Annual administration report of the Civil Veterinary Department, Ajmere-Merwara, British Rajputana - 1914-1940
Year: 1914
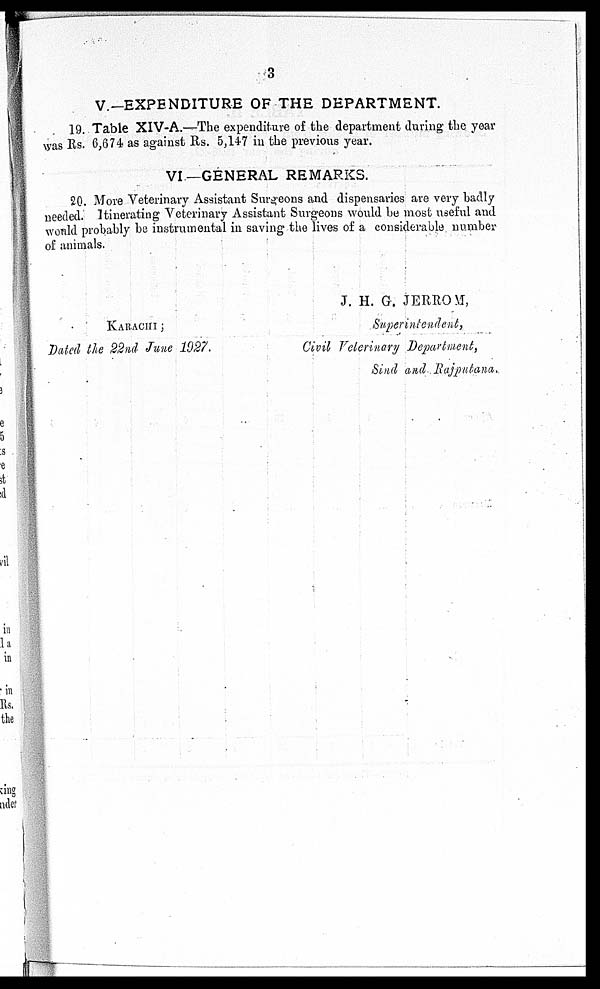
3
V.—EXPENDITURE OF THE DEPARTMENT.
19. Table XIV-A.—The expenditure of the department during the year
was Rs. 6,674 as against Rs. 5,147 in the previous year.
VI.—GENERAL REMARKS.
20. More Veterinary Assistant Surgeons and dispensaries are very badly
needed. Itinerating Veterinary Assistant Surgeons would be most useful and
would probably be instrumental in saving the lives of a considerable number
of animals.
KARACHI ;
Dated the 22nd June 1927.
J. H. G. JERROM,
Superintendent,
Civil Veterinary Department,
Sind and Rajputana.